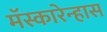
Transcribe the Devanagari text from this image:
मॅस्कारेन्हास